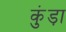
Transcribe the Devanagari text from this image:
कुंड़ा